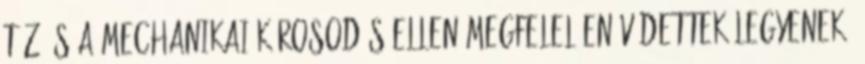
tûz és a mechanikai károsodás ellen megfelelõen védettek legyenek,